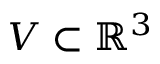
V \subset \mathbb { R } ^ { 3 }